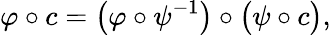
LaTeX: \varphi\circ c={\big(}\varphi\circ\psi^{-1}{\big)}\circ{\big(}\psi\circ c{\big)},